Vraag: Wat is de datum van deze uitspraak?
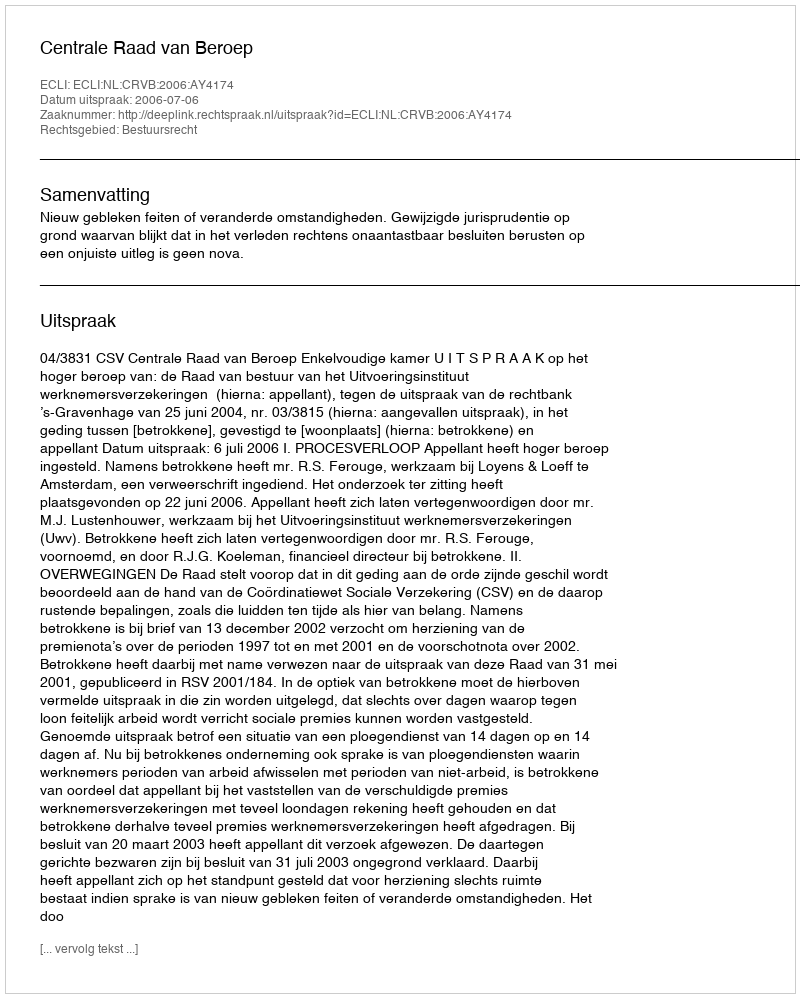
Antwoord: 2006-07-06